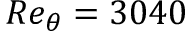
R e _ { \theta } = 3 0 4 0